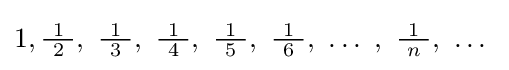
1,{\tfrac {\ 1\ }{2}},\ {\tfrac {\ 1\ }{3}},\ {\tfrac {\ 1\ }{4}},\ {\tfrac {\ 1\ }{5}},\ {\tfrac {\ 1\ }{6}},\ \ldots \ ,\ {\tfrac {\ 1\ }{n}},\ \ldots \